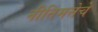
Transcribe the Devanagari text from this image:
नीतिमत्तेचे